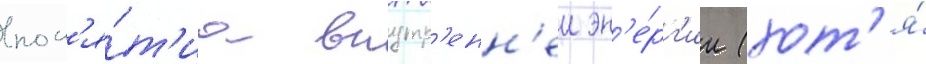
пон'я́т'иа внутр'енн'еи эн'е́рг'ии (хот'я́